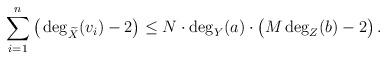
LaTeX: \begin{align*}\sum_{i=1}^{n}\big(\deg_{\widetilde{X}}(v_{i})-2\big)\leq N\cdot \deg_{Y}(a)\cdot\big(M\deg_{Z}(b)-2\big)\,.\end{align*}